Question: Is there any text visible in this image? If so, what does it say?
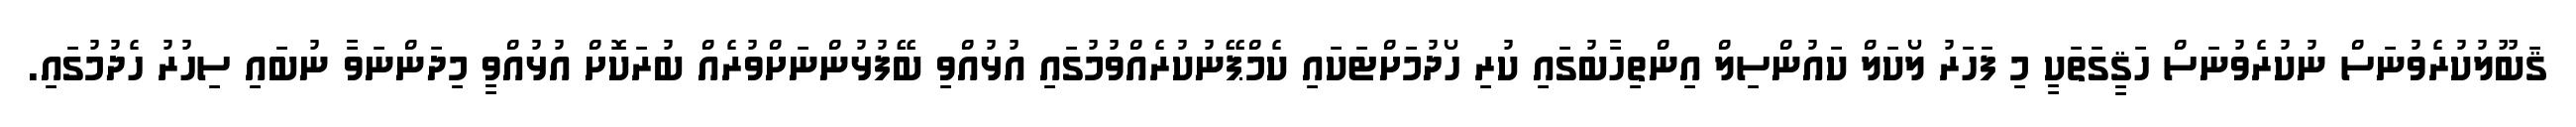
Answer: ޤަބޫލުކުރެވުނަސް ނުކުރެވުނަސް ހަޤީގަތަކީ މި ފަހަރު ލޯކަލް ކައުންސިލް އިންތިހާބުގައި ކުރި ހޯދުމަށްޓަކައި ކެމްޕޭނުކުރެއްވުމުގައި އުޅުއްވި ބޭފުޅުންނަށްވުރެއް ބުރަކޮށް އުޅުއްވީ މިދަންނަވާ ނުބައި ސިހުރު ހެދުމުގައި.